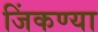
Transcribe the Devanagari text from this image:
जिंकण्या